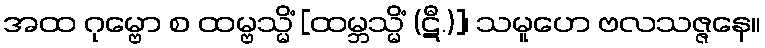
အထ ဂုမ္ဗော စ ထမ္ဗသ္မိံ [ထမ္ဘသ္မိံ (ဋီ.)]၊ သမူဟေ ဗလသဇ္ဇနေ။